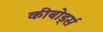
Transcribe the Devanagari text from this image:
कीबोर्ड्स